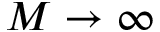
M \to \infty